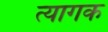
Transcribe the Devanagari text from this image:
त्यागक